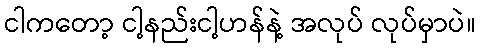
ငါကတော့ ငါ့နည်းငါ့ဟန်နဲ့ အလုပ် လုပ်မှာပဲ။